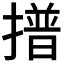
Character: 𭢞